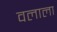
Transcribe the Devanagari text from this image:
वलाला